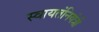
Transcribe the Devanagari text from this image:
स्वायतंनियंत्री